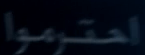
احترموا